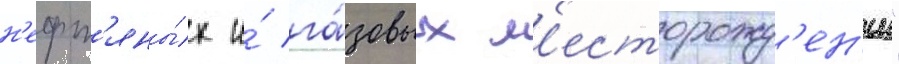
н'ефт'яны́х и́ га́зовых м'есторожд'ен'ии"